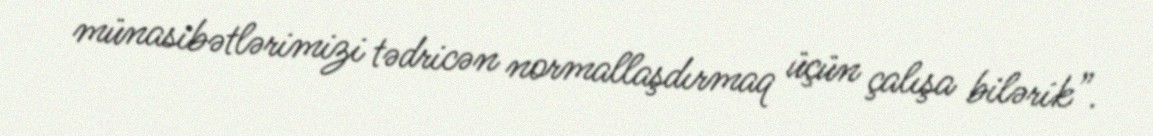
münasibətlərimizi tədricən normallaşdırmaq üçün çalışa bilərik”.